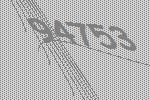
94753